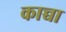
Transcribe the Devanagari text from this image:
काच्चा